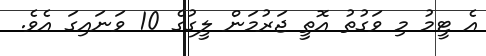
އެ ޓީމު މި ވަގުތު އޮތީ ޖަރުމަން ލީގުގެ 10 ވަނައިގަ އެވެ.